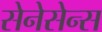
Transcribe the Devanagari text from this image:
सेनेसेन्स